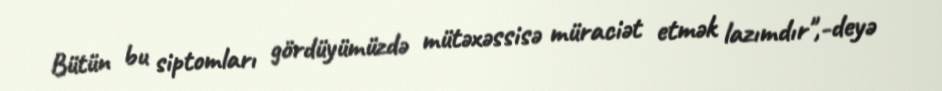
Bütün bu siptomları gördüyümüzdə mütəxəssisə müraciət etmək lazımdır",-deyə